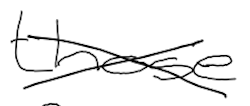
Text: those
Cross-out: cross
Writing tool: digital_black